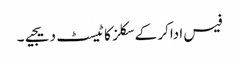
فیس اداکر کے سکلز کا ٹیسٹ دیجیے۔